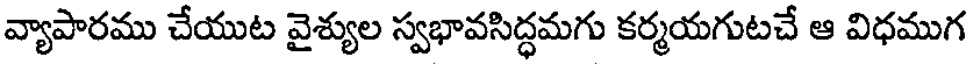
వ్యాపారము చేయుట వైశ్యుల స్వభావసిద్ధమగు కర్మయగుటచే ఆ విధముగ